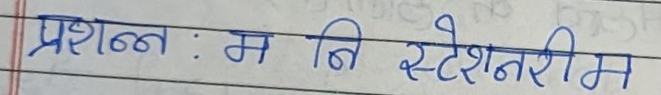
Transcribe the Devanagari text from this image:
प्रश्न : म नि स्टेशनरीम